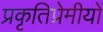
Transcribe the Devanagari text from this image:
प्रकृतिप्रेमीयों